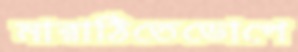
মারাঠিতেডোপে